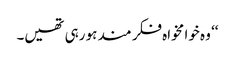
‘‘ وہ خوا مخواہ فکر مند ہو رہی تھیں۔